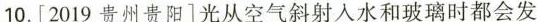
10.[2019贵州贵阳]光从空气斜射入水和玻璃时都会发